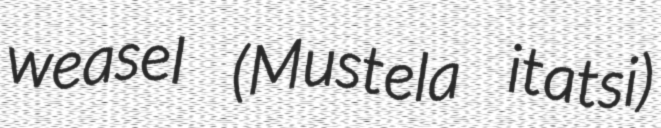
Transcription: weasel (Mustela itatsi)